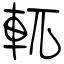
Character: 軏